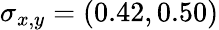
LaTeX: \sigma_{x,y}=(0.42,0.50)